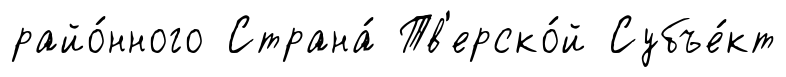
райо́нного Страна́ Тв'ерско́й Субъе́кт